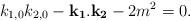
LaTeX: \begin{align*}k_{1,0}k_{2,0}-{\bf k_1}.{\bf k_2}-2m^2=0.\end{align*}